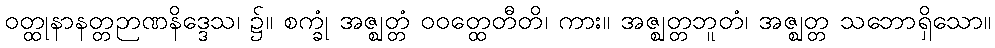
ဝတ္ထုနာနတ္တဉာဏနိဒ္ဒေသ၊ ၌။ စက္ခုံ အဇ္ဈတ္တံ ဝဝတ္ထေတီတိ၊ ကား။ အဇ္ဈတ္တဘူတံ၊ အဇ္ဈတ္တ သဘောရှိသော။